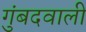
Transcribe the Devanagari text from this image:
गुंबदवाली